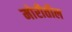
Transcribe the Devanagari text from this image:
मोरीतील